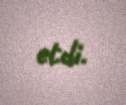
etdi.